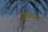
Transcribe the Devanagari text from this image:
ईषाआओं